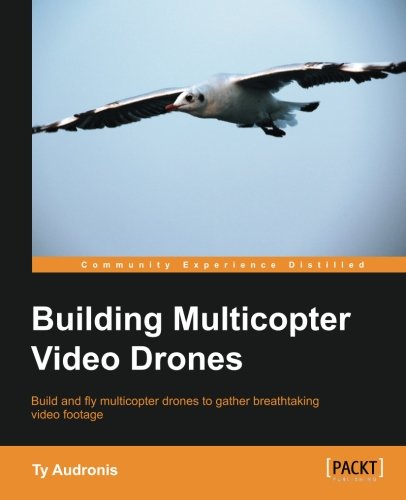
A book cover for Building Multicopter Video Drones; Ty Audronis; Arts & Photography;